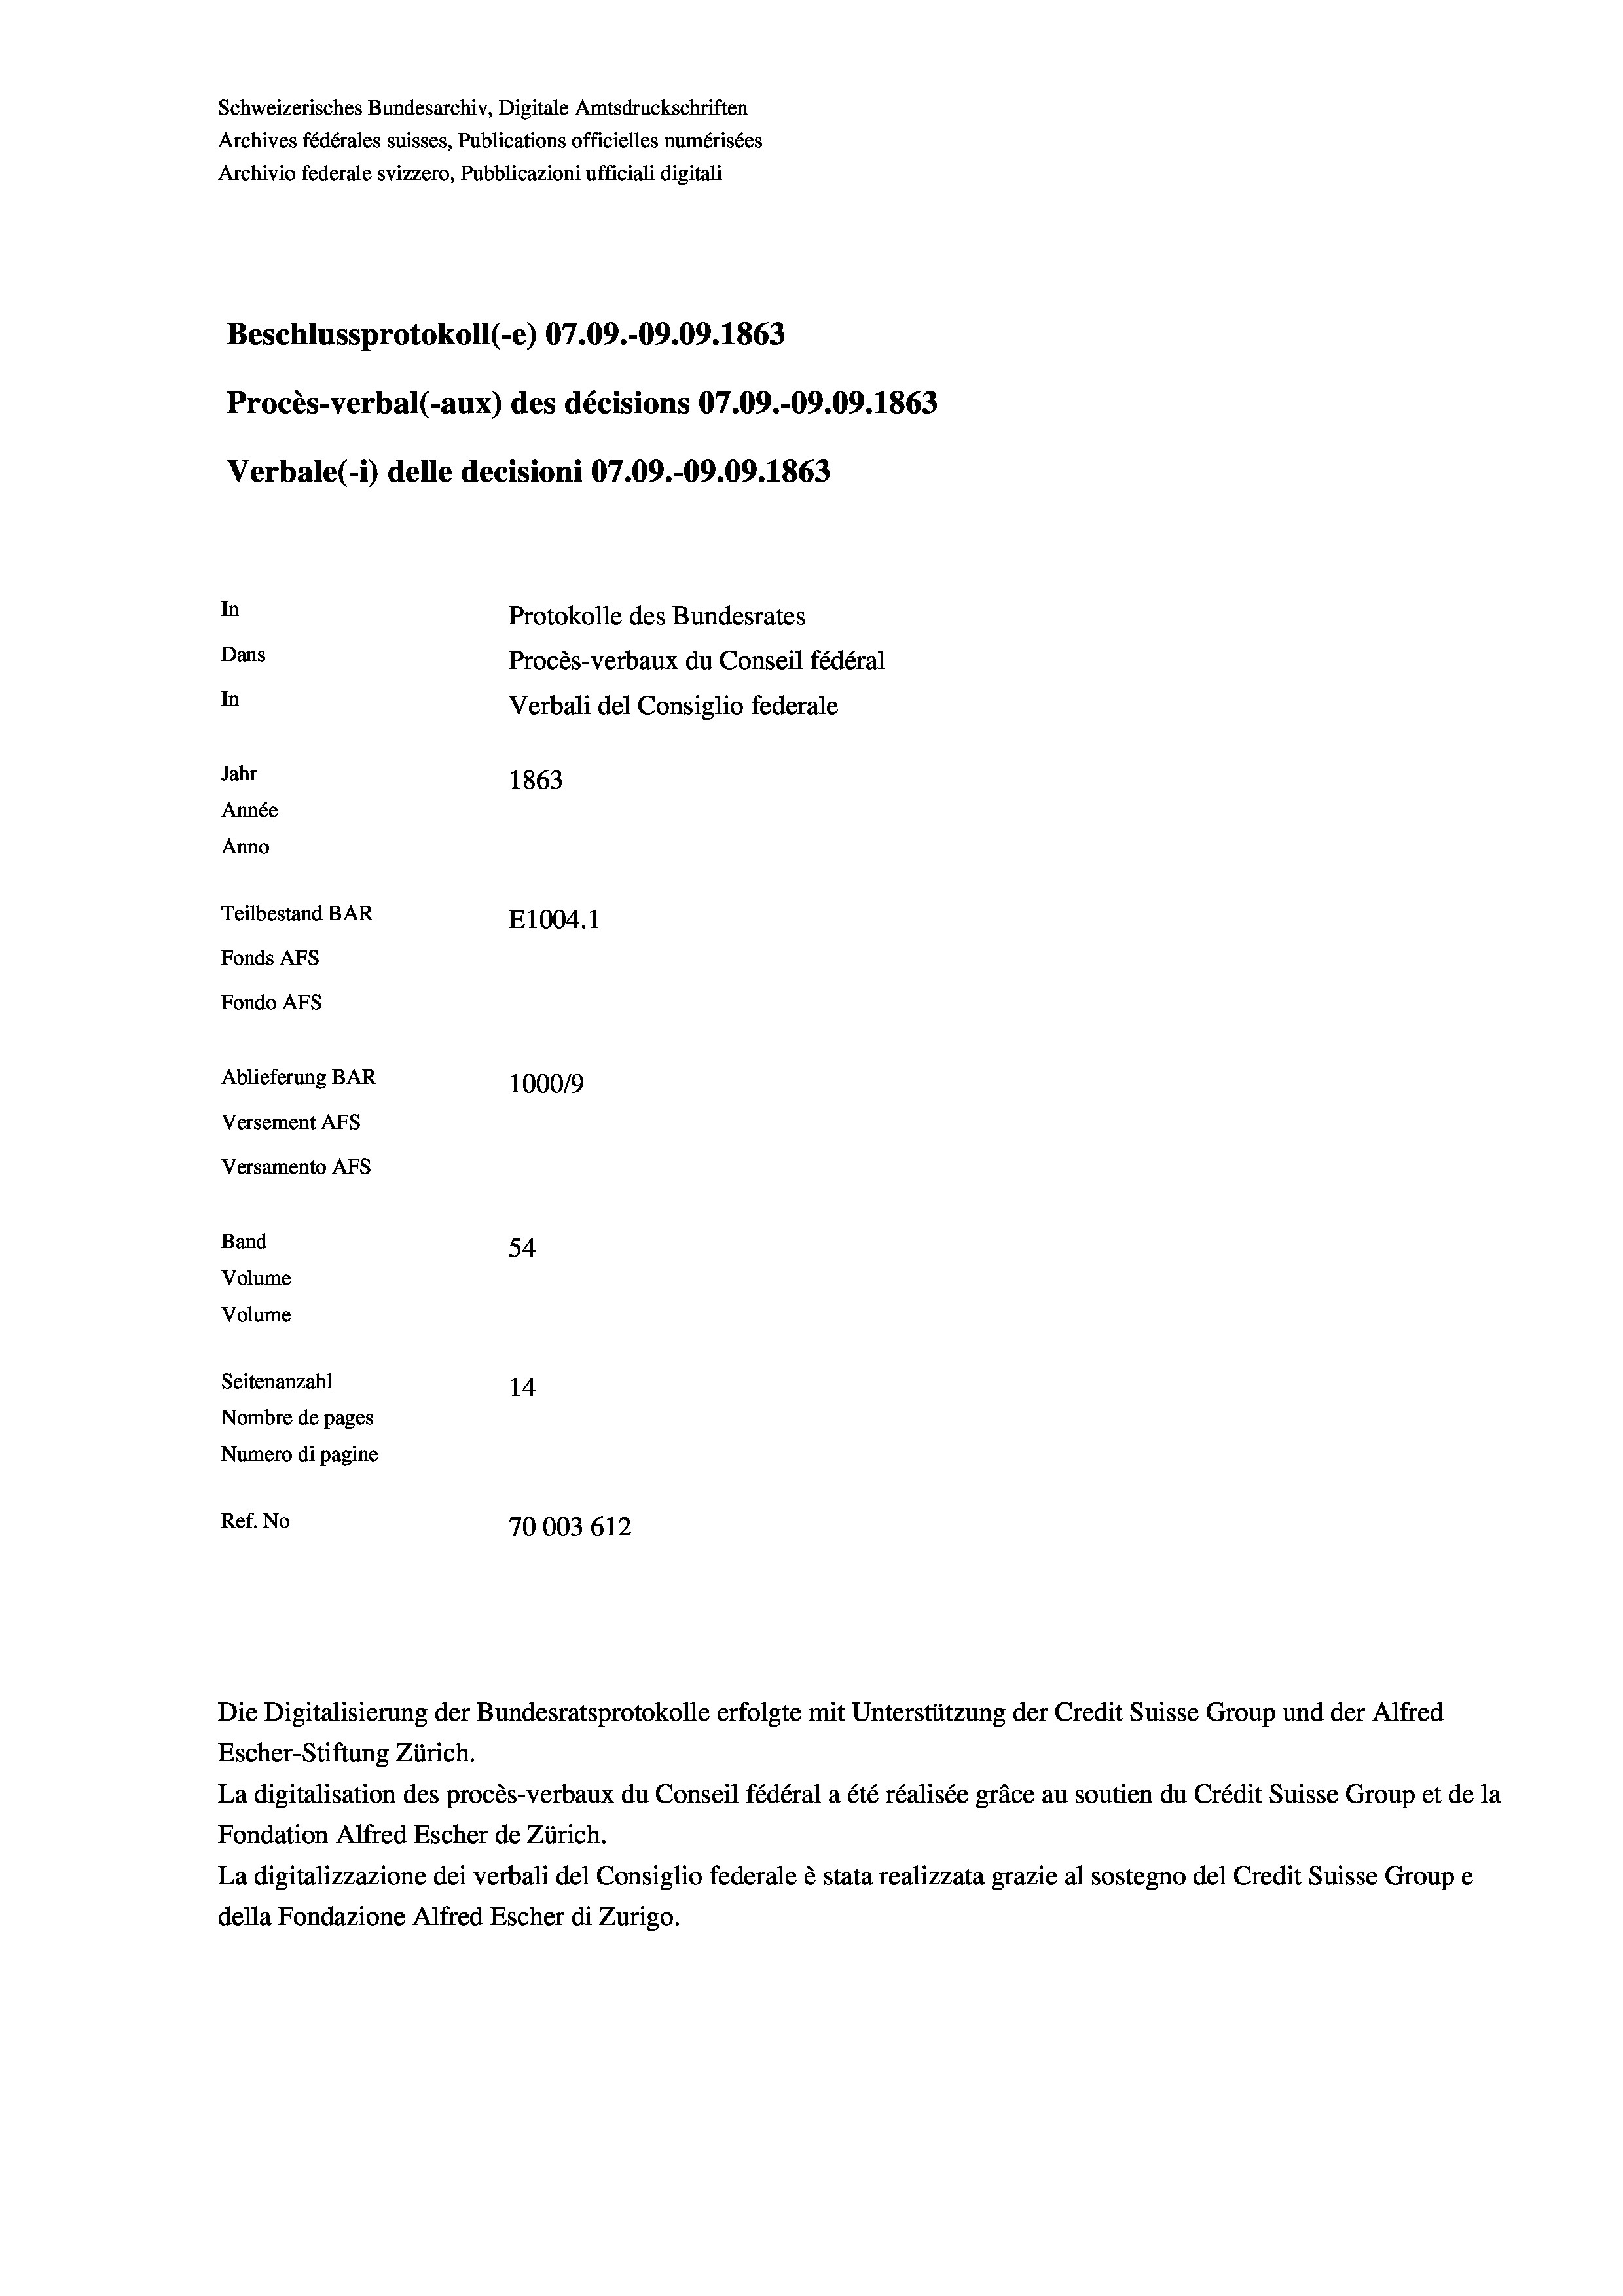
Schweizerisches Bundesarchiv, Digitale Amtsdruckschriften
Archives fédérales suisses, Publications officielles numérisées
Archivio federale svizzero, Pubblicazioni ufficiali digitali
Beschlussprotokoll (-e) 07.09.-09.09. 1863
Procès-verbal (-aux) des décisions 07.09.-09.09. 1863
Verbale (i) delle decisioni 07.09.-09.09. 1863
In
Protokolle des Bundesrates
Dans
Procès-verbaux du Conseil fédéral
In
Verbali del Consiglio federale
Jahr
1863
Année
Anno
Teilbestand BAR
E1004.1
Fonds AFs
Fondo AFs
Ablieferung BAR
1000/9
Versement AFs
Versamento Afs
Band
54
Volume
Volume
Seitenanzahl
14
Nombre de pages
Numero di pagine
Ref. No
70003612

Escher-Stiftung Zürich.
La digitalisation des procès-verbaux du Conseil fédéral a été réalisée gräce au soutien du Crédit Suisse Group et de la
Fondation Alfred Escher de Zürich.
La digitalizzazione dei verbali del Consiglio federale è stata realizzata grazie al sostegno del Credit Suisse Groupe
della Fondazione Alfred Escher di Zurigo.

Die Digitalisierung der Bundesratsprotokolle erfolgte mit Unterstützung der Credit Suisse Group und der Alfred